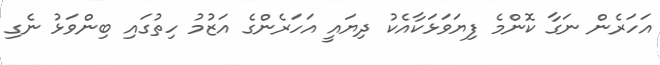
އަހަރެން ނަގާ ކޮންމެ ފިޔަވަޅަކާއެކު ދިޔައީ އަހަރެންގެ އަޒުމު ހިތުގައި ބިންވަޅު ނެގި